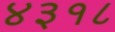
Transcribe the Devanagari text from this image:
४३१८